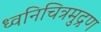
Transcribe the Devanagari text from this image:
ध्वनिचित्रमुद्रण